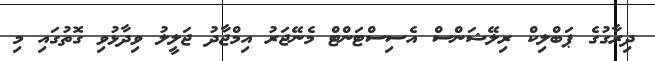
ދިރާގުގެ ޕަބްލިކް ރިލޭޝަންސް އެސިސްޓަންޓް މެނޭޖަރު އިމްޖާދު ޖަލީލު ވިދާޅުވި ގޮތުގައި މި